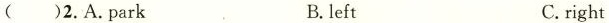
( )2.A.Park B. left C.right